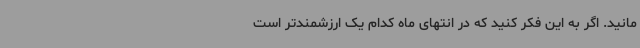
‌مانید. اگر به این فکر کنید که در انتهای ماه کدام یک ارزشمندتر است